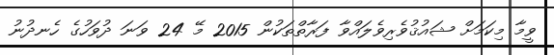
ވީމާ މިކަމަށް ޝައުޤުވެރިވެލައްވާ ފަރާތްތަކުން 2015 މޭ 24 ވަނަ ދުވަހުގެ ހެނދުނު